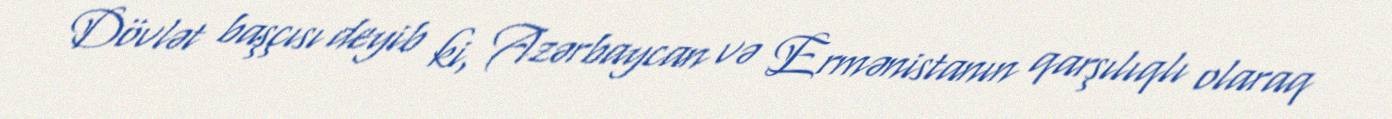
Dövlət başçısı deyib ki, Azərbaycan və Ermənistanın qarşılıqlı olaraq